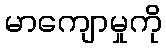
မာကျောမှုကို